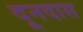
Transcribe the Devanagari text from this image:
दूनदास